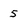
Character: 5